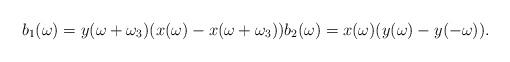
LaTeX: \begin{align*} b_1 (\omega)=y(\omega+\omega_{3})(x(\omega)-x(\omega+\omega_{3})) b_2 (\omega)=x(\omega)(y(\omega)-y(-\omega)).\end{align*}